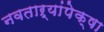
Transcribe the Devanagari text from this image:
नवताऱ्यांपेक्षा